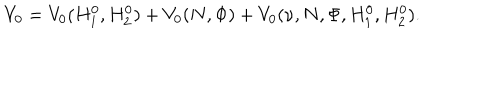
LaTeX: V _ { 0 } = V _ { 0 } ( H _ { 1 } ^ { 0 } , H _ { 2 } ^ { 0 } ) + V _ { 0 } ( N , \Phi ) + V _ { 0 } ( \nu , N , \Phi , H _ { 1 } ^ { 0 } , H _ { 2 } ^ { 0 } ) .